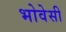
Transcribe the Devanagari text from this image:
भोवेसी